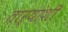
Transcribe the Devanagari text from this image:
ताऱ्यांशी